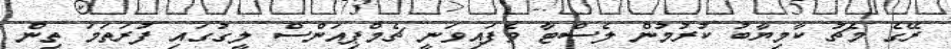
ރޭގެ މެޗު ކާމިޔާބު ކުރުމުން ލެސްޓާ ވެފައިވަނީ ޗެމްޕިއަންސް ލީގުގައި ފުރަތަމަ ތިން